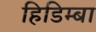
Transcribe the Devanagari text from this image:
हिडिम्‍बा